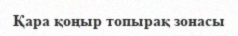
Қара қоңыр топырақ зонасы